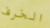
الخرف